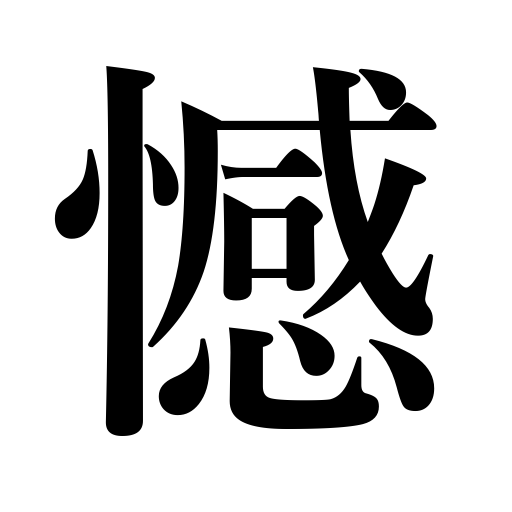
Meanings: be sorry for,regret